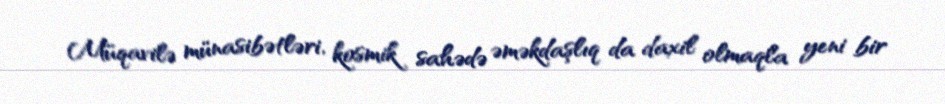
Müqavilə münasibətləri, kosmik sahədə əməkdaşlıq da daxil olmaqla yeni bir